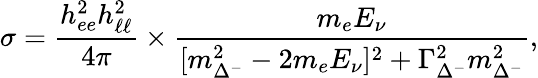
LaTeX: \sigma=\frac{h_{ee}^{2}h_{\ell\ell}^{2}}{4\pi}\times\frac{m_{e}E_{\nu}}{[m_{\Delta^{-}}^{2}-2m_{e}E_{\nu}]^{2}+\Gamma_{\Delta^{-}}^{2}m_{\Delta^{-}}^{2}},